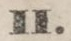
Kolerans Perſonalier.